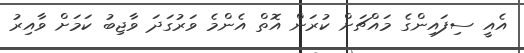
އެއީ ސިފައިންގެ މައްޗަށް ކުރަން އޮތް އެންމެ ވަރުގަދަ ވާޖިބު ކަމަށް ވާއިރު